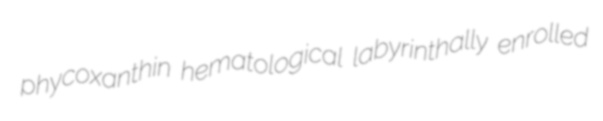
phycoxanthin hematological labyrinthally enrolled